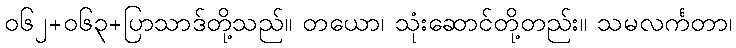
၀၆၂+၀၆၃+ပြာသာဒ်တို့သည်။ တယော၊ သုံးဆောင်တို့တည်း။ သမလင်္ကတာ၊